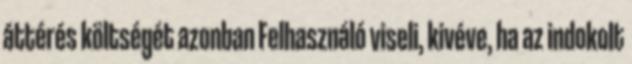
áttérés költségét azonban Felhasználó viseli, kivéve, ha az indokolt